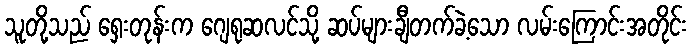
သူတို့သည် ရှေးတုန်းက ဂျေရုဆလင်သို့ ဆပ်များချီတက်ခဲ့သော လမ်းကြောင်းအတိုင်း